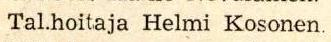
Tal.hoitaja Helmi Kosonen.